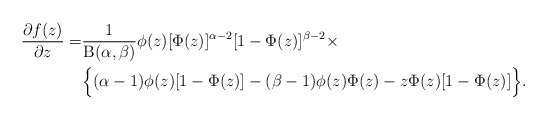
\begin{align*}\frac{\partial f(z)}{\partial z}=&\frac{1}{\mathrm{B}(\alpha,\beta)}\phi(z)[\Phi(z)]^{\alpha-2}[1-\Phi(z)]^{\beta-2}\times\\&\Big\{(\alpha-1)\phi(z)[1-\Phi(z)]-(\beta-1)\phi(z)\Phi(z)-z \Phi(z) [1-\Phi(z)]\Big\}.\end{align*}